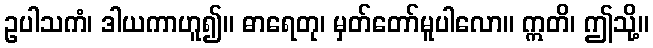
ဥပါသကံ၊ ဒါယကာဟူ၍။ ဓာရေတု၊ မှတ်တော်မူပါလော။ ဣတိ၊ ဤသို့။